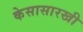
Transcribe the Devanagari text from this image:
केसासारखी